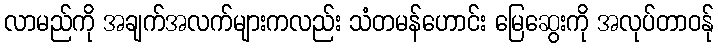
လာမည်ကို အချက်အလက်များကလည်း သံတမန်ဟောင်း မြေဆွေးကို အလုပ်တာဝန်ု